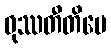
ဝုဿတီတိပေ